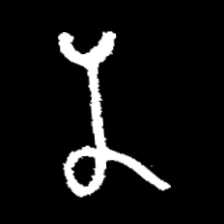
Pyu character \u2014 Myanmar letter: န (romanized: na)